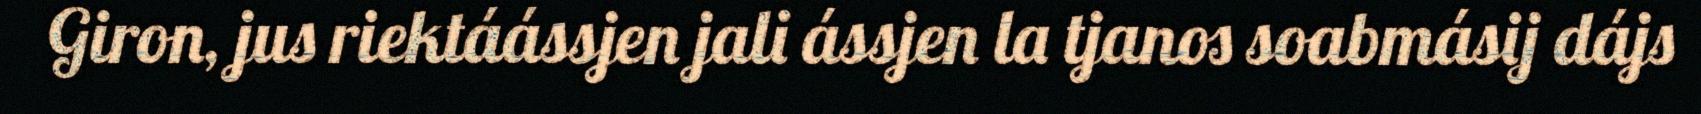
Giron, jus riektáássjen jali ássjen la tjanos soabmásij dájs